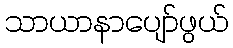
သာယာနာပျော်ဖွယ်